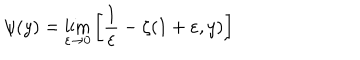
LaTeX: \psi ( y ) = \lim _ { \varepsilon \rightarrow 0 } \left[ \frac 1 \varepsilon - \zeta ( 1 + \varepsilon , y ) \right]